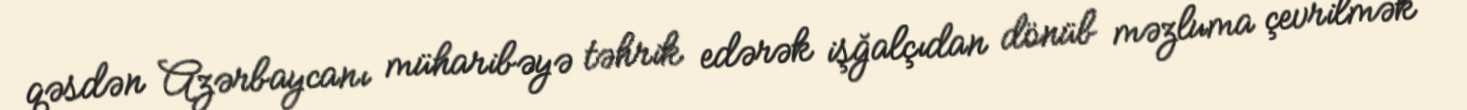
qəsdən Azərbaycanı müharibəyə təhrik edərək işğalçıdan dönüb məzluma çevrilmək